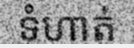
ទំហាត់